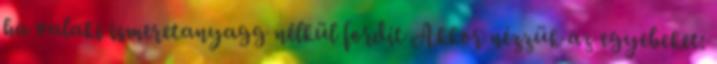
ha valaki ismeretanyagg nélkül fordít Akkor nézzük az egyebeket: